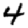
Digit: 4